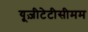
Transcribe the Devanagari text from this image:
यूज़ीटेटीसीमम